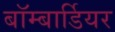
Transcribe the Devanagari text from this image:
बॉम्बार्डियर